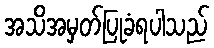
အသိအမှတ်ပြုခံရပါသည်